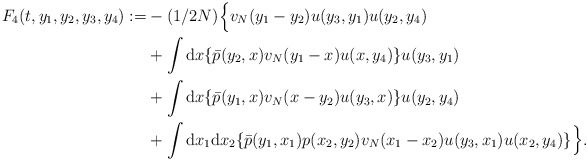
\begin{align*}F_4(t,y_1,y_2,y_3,y_4):=&-(1/2N)\Big\{v_N(y_1-y_2)u(y_3,y_1)u(y_2,y_4)\\&+\int \mathrm{d}x \{\bar p(y_2,x)v_N(y_1-x)u(x,y_4)\}u(y_3,y_1)\\&+\int \mathrm{d}x \{\bar p(y_1,x)v_N(x-y_2)u(y_3,x)\}u(y_2,y_4)\\&+\int\mathrm{d}x_1\mathrm{d}x_2 \{\bar p(y_1,x_1)p(x_2,y_2)v_N(x_1-x_2)u(y_3,x_1)u(x_2,y_4)\}\Big\}.\end{align*}